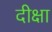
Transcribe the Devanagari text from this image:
दीक्षा